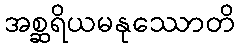
အစ္ဆရိယမနုဿောတိ